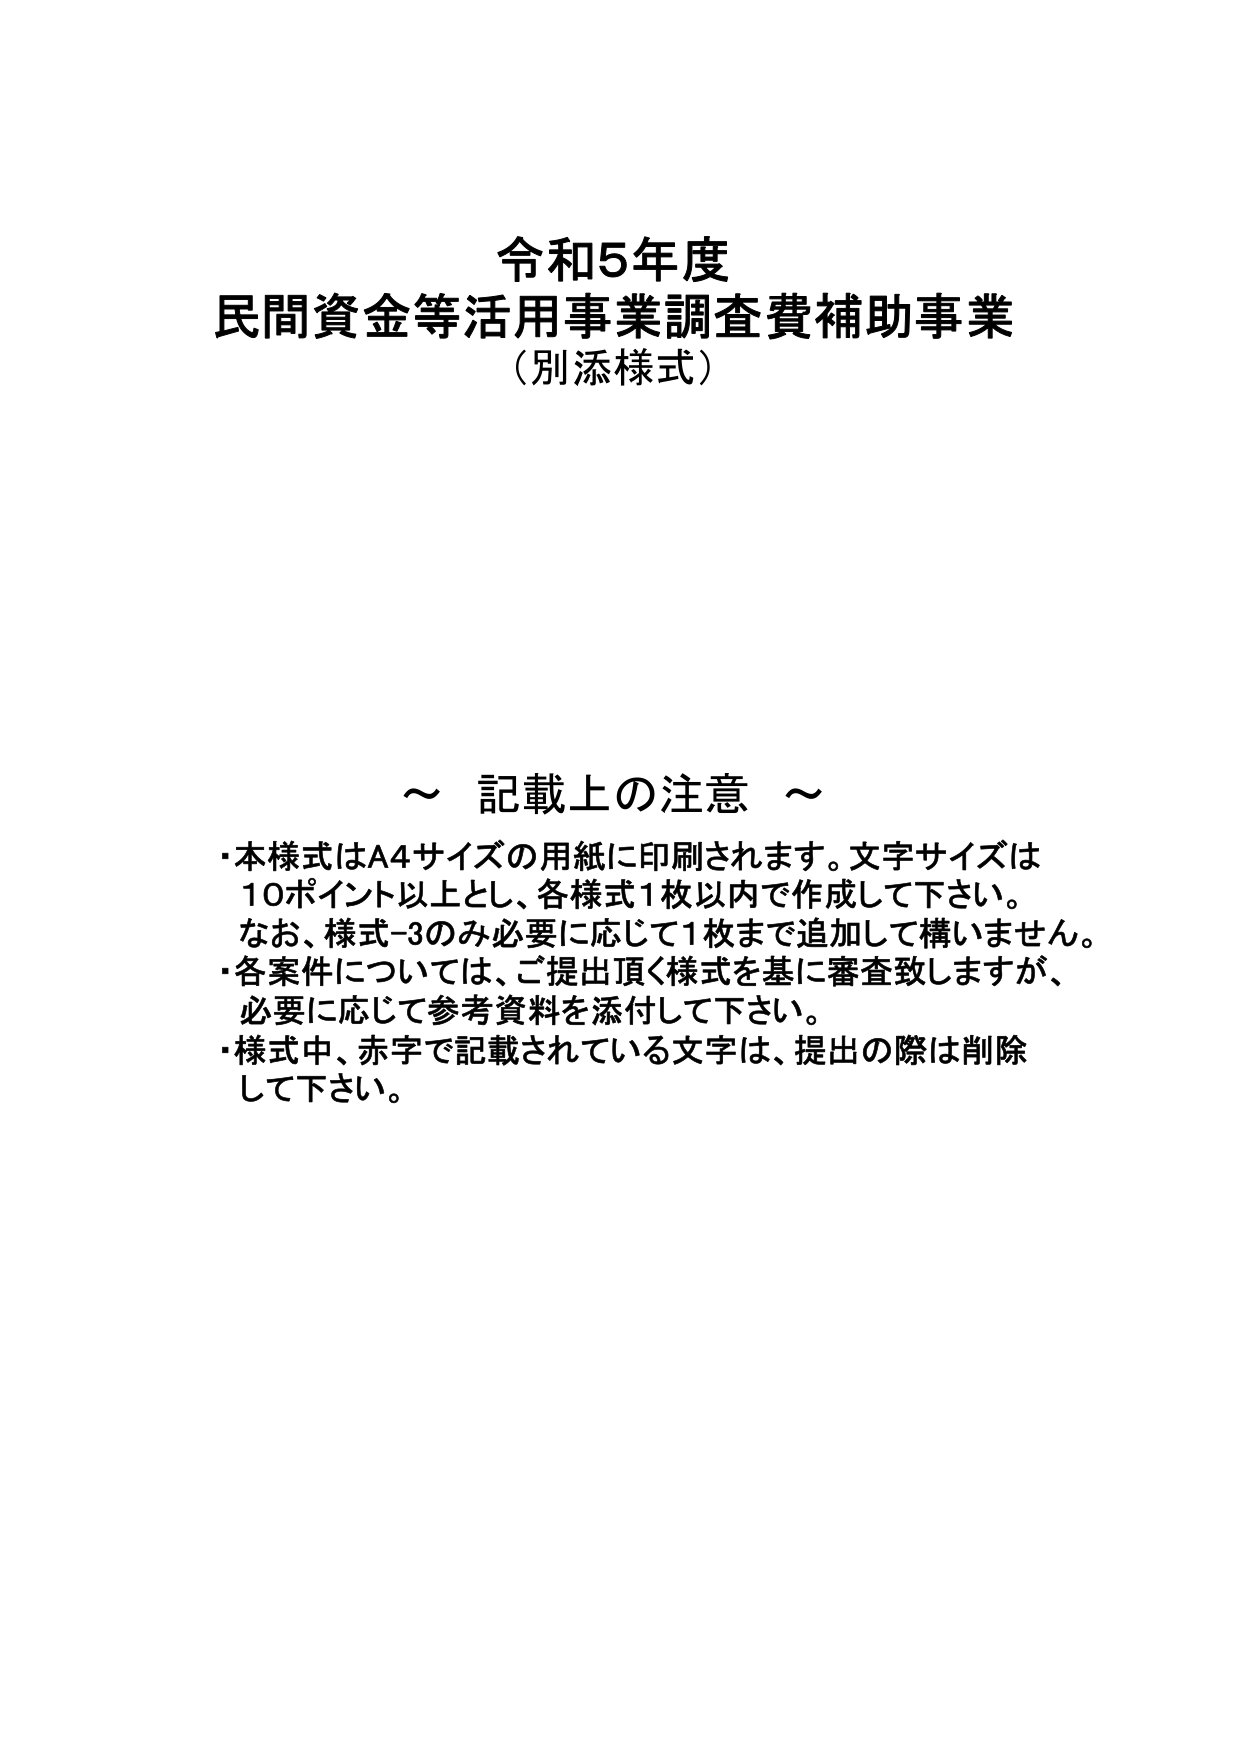
令和5年度
民間資金等活用事業調査費補助事業
（別添様式）

～ 記載上の注意 ～
・本様式はA4サイズの用紙に印刷されます。文字サイズは
10ポイント以上とし、各様式1枚以内で作成して下さい。
なお、様式-3のみ必要に応じて1枚まで追加して構いません。
・各案件については、ご提出頂く様式を基に審査致しますが、
必要に応じて参考資料を添付して下さい。
・様式中、赤字で記載されている文字は、提出の際は削除
して下さい。